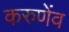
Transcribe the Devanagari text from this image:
करुणेंव